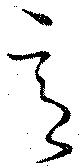
意